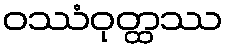
ဝဿံဝုတ္ထဿ